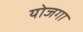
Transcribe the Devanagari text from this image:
योजगा